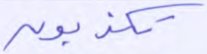
تكذبون